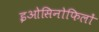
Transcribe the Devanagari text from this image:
इओसिनोफिलों